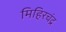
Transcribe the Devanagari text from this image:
मिहिरचंद्र